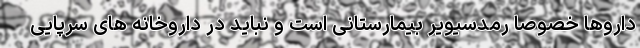
داروها خصوصا رمدسیویر بیمارستانی است و نباید در داروخانه های سرپایی